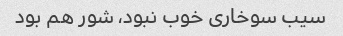
سیب سوخاری خوب نبود، شور هم بود